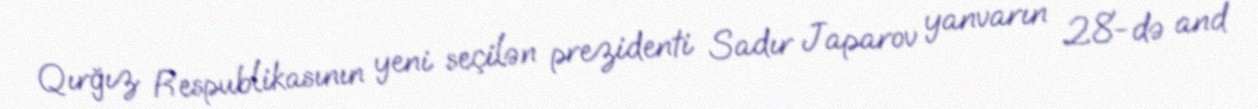
Qırğız Respublikasının yeni seçilən prezidenti Sadır Japarov yanvarın 28-də and